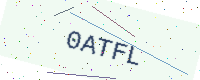
Text: 0ATFL